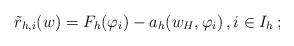
LaTeX: \begin{align*}\tilde{r}_{h,i}(w)=F_h(\varphi_i)-a_h(w_H,\varphi_i)\,, i \in I_h\,;\end{align*}